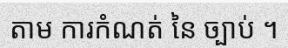
តាម ការកំណត់ នៃ ច្បាប់ ។